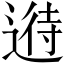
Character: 𲅪